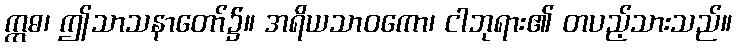
ဣဓ၊ ဤသာသနာတော်၌။ အရိယသာဝကော၊ ငါဘုရား၏ တပည့်သားသည်။